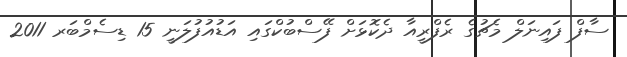
ސާފް ފައިނަލް މެޗުގެ ރެފްރީއާ ދެކޮޅަށް ފޭސްބުކްގައި އަޑުއުފުލަނީ 15 ޑިސެމްބަރ 2011